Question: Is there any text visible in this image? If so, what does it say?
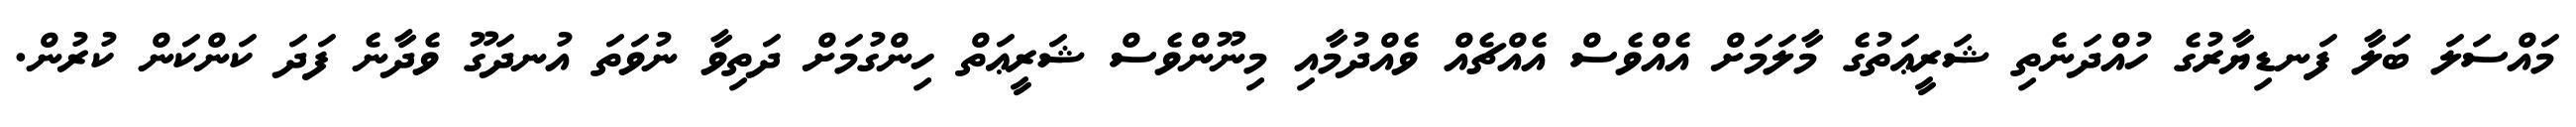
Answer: މައްސަލަ ބަލާ ފަނޑިޔާރުގެ ހުއްދަނެތި ޝަރީޢަތުގެ މާލަމަށް އެއްވެސް އެއްޗެއް ވެއްދުމާއި މިނޫންވެސް ޝަރީޢަތް ހިންގުމަށް ދަތިވާ ނުވަތަ އުނދަގޫ ވެދާނެ ފަދަ ކަންކަން ކުރުން.